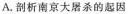
A.剖析南京大屠杀的起因